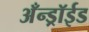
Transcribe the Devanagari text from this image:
अँन्ड्रॉईड